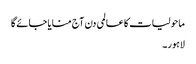
ماحولیات کا عالمی دن آج منایا جائے گا
لاہور۔